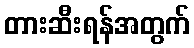
တားဆီးရန်အတွက်